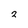
Character: 2